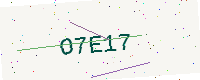
Text: O7E17